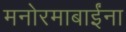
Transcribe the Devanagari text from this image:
मनोरमाबाईंना